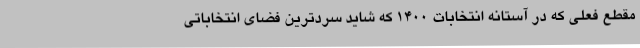
مقطع فعلی که در آستانه انتخابات ۱۴۰۰ که شاید سردترین فضای انتخاباتی